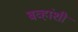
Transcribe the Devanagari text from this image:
बव्हांशी